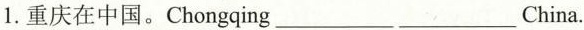
1.重庆在中国.Chongqing___ ___China.